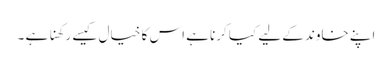
اپنے خاوند کے لیے کیا کرنا ہے اس کا خیال کیسے رکھنا ہے ۔